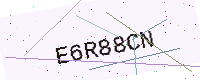
Text: E6R88CN